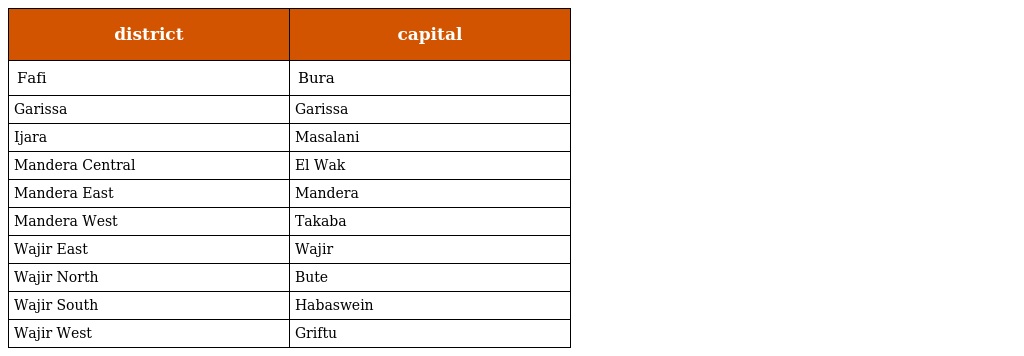
| district | capital |
 | --- | --- |
 | Fafi | Bura |
 | Garissa | Garissa |
 | Ijara | Masalani |
 | Mandera Central | El Wak |
 | Mandera East | Mandera |
 | Mandera West | Takaba |
 | Wajir East | Wajir |
 | Wajir North | Bute |
 | Wajir South | Habaswein |
 | Wajir West | Griftu |